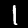
Label: 1